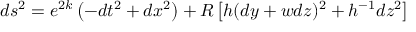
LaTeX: d s ^ { 2 } = e ^ { 2 k } \left( - d t ^ { 2 } + d x ^ { 2 } \right) + R \left[ h ( d y + w d z ) ^ { 2 } + h ^ { - 1 } d z ^ { 2 } \right]